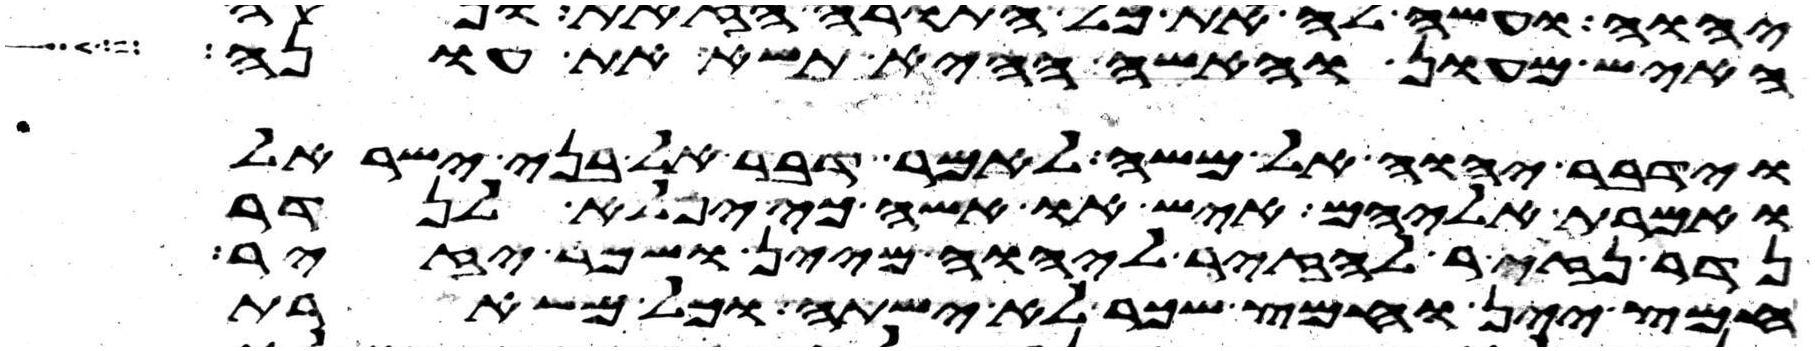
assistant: האיש מעון והאשה ההיא תשא את עונה
וידבר יהוה אל משה לאמר דבר אל בני ישראל
ואמרת אליהם איש או אשה כי יפלא לנדר
נדר נזיר להזיר ליהוה מיין ושכר יזיר
חמץ יין וחמץ שכר לא ישתה וכל משארת